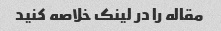
مقاله را در لینک خلاصه کنید